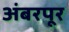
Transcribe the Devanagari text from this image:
अंबरपूर